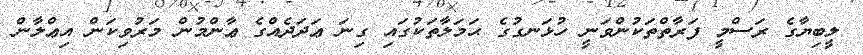
ލީބިޔާގެ ރަސްމީ ފަރާތްތަކުންވަނީ ހުޅަނގުގެ ޙަމަލާތަކުގައި ގިނަ ޢަދަދެއްގެ ޢާންމުން މަރުވިކަން އިޢްލާން